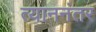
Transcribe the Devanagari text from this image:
त्याननंतर